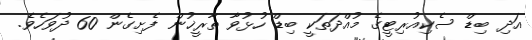
އަދި ބިޑް ސެކިއުރިޓީގެ މުއްދަތަކީ ބިޑް ހުޅުވާ ތާރީޚުން ފެށިގެން 60 ދުވަހެވެ.